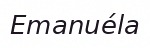
Emanuéla